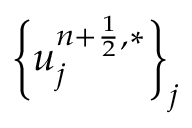
\left\{ u _ { j } ^ { n + \frac { 1 } { 2 } , \ast } \right\} _ { j }